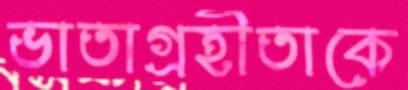
ভাতাগ্রহীতাকে